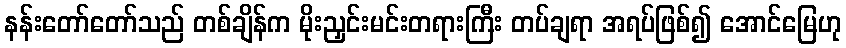
နန်းတော်တော်သည် တစ်ချိန်က မိုးညှင်းမင်းတရားကြီး တပ်ချရာ အရပ်ဖြစ်၍ အောင်မြေဟု